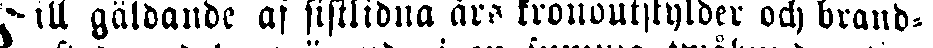
Till gäldande af sistlidna års kronoutskylder och brand-